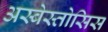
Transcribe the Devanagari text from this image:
अस्बेस्तोसिस